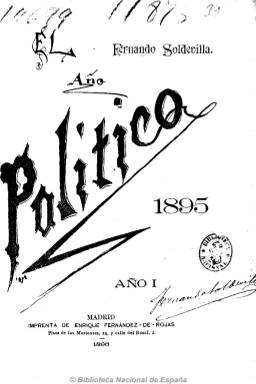
Título: El Año político
Colección: Política
Ámbito geográfico: Madrid
Lugar de publicación: Madrid
Fechas: 01/01/1895-31/12/1928

Este anuario es obra personal del escritor, periodista y político Fernando Soldevilla (1854-1931) en el que incluye de forma cronológica -día a día- un resumen anotado de los más importantes acontecimientos políticos, gubernamentales, parlamentarios, sociales, militares y económicos españoles y también extranjeros. Incluye también discursos, dictámenes, proclamas, conferencias y escritos de los principales prohombres de la vida española, así como datos estadísticos y recursos gráficos, como fotografías y grabados, y anuncios comerciales.

Soldevilla fue un político liberal moderado, que ocupó altos cargos en la Administración y fue diputado, desafecto al estadista Antonio Maura (1853-1928).  En su anuario se han destacado las referencias casi completas que hace a los discursos e Melquíades Álvarez (1854-1936) y a los textos de Benito Pérez Galdós (1843-1920).

Este longevo anuario, considerado como un compendio político divulgativo de la época, de en torno a unas 600 páginas por número, incluye en cada tomo un índice, al principio o al final.